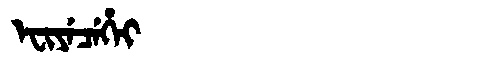
Manchu: ᡝᠸᡳᠶᡝᠴᡝᡥᡝᡳ
Romanization: EFIYECEHEI